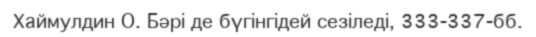
Хаймулдин О. Бәрі де бүгінгідей сезіледі, 333-337-бб.